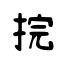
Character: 捖